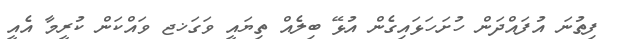
ފިތުނަ އުފައްދަން ހުށަހަޅައިގެން އުޅޭ ބިލެއް ތިޔައީ ވަގަޚޖ ވައްކަން ކުރީމާ އެއީ